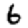
Digit: 6